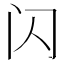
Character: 闪